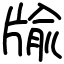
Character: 牏